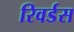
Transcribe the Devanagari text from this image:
रिवर्डस